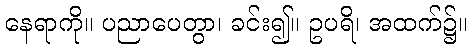
နေရာကို။ ပညာပေတွာ၊ ခင်း၍။ ဥပရိ၊ အထက်၌။